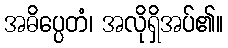
အဓိပ္ပေတံ၊ အလိုရှိအပ်၏။